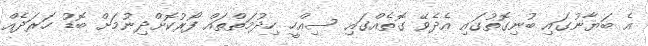
އެ ބަޔާނުގައި ބުނިގޮތުގައި އެދެވޭ ގޮތެއްގައި ސިއްހީ ހިދުމަތްތައް ފޯރުކޮށްދިނުމަށް ބޮޑު ހަރަދެއް